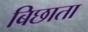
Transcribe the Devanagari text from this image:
बिछाता